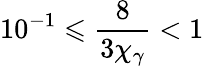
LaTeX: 10^{-1}\leqslant\frac{8}{3\chi_{\gamma}}<1